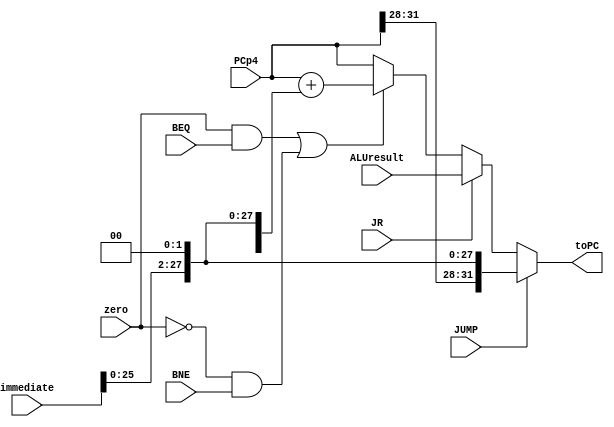
module BranchControl (input [31:0] PCp4, input [31:0] immediate, input zero, input [31:0] ALUresult, input BEQ, input BNE, input JR, input JUMP, output [31:0] toPC);
	
	wire branch;
	assign branch = ((zero && BEQ) || (!zero && BNE));
	
	wire [31:0] branchTar;
	assign branchTar = PCp4 + {immediate[29:0], 2'b00};
	
	wire [31:0] branchMuxed;
	assign branchMuxed = (branch) ? branchTar : PCp4;
	
	wire [31:0] JRMuxed;
	assign JRMuxed = (JR) ? ALUresult : branchMuxed;
	
	assign toPC = (JUMP) ? {PCp4[31:28], immediate [25:0], 2'b00} : JRMuxed;
		
	
endmodule